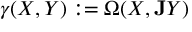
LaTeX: \gamma ( X , Y ) : = \Omega ( X , { \bf J } Y )